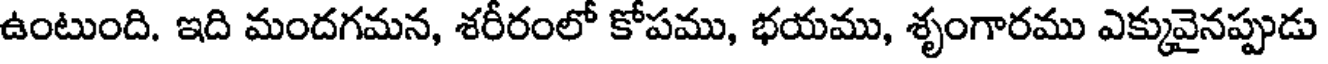
ఉంటుంది. ఇది మందగమన, శరీరంలో కోపము, భయము, శృంగారము ఎక్కువైనప్పుడు